Rules and regulations of the Bombay Veterinary College
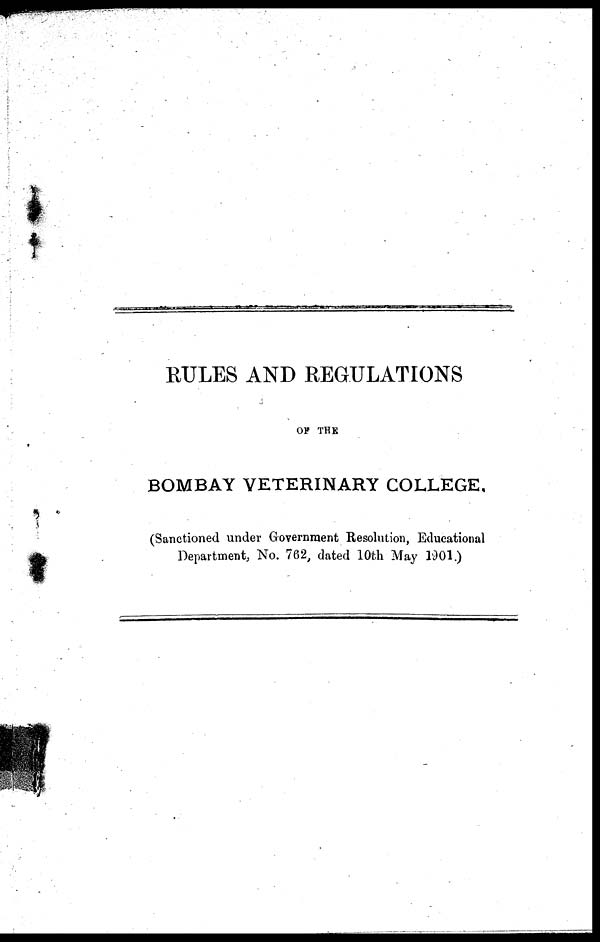
RULES AND REGULATIONS
OF THE
BOMBAY VETERINARY COLLEGE.
(Sanctioned under Government Resolution, Educational
Department, No. 762, dated 10th May 1901.)